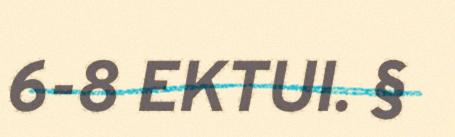
6-8 EKTUI. §